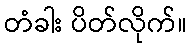
တံခါး ပိတ်လိုက်။